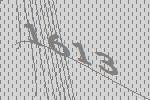
1613